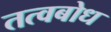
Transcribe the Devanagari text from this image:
तत्वबोध